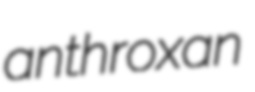
anthroxan